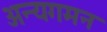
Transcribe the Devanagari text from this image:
अन्यगमन